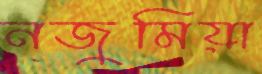
নজুমিয়া